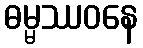
ဓမ္မဿဝနေ